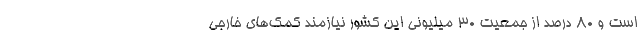
است و ۸۰ درصد از جمعیت ۳۰ میلیونی این کشور نیازمند کمک‌های خارجی